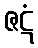
ဇဋံ